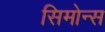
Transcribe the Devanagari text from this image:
सिमोन्स